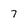
Character: 7